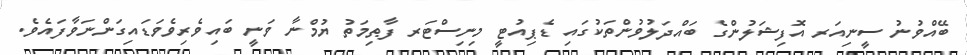
ބޭއްވުނު ސީނިއަރ އޮފިޝަލުންގެ ބައްދަލުވުންތަކުގައި ޑެޕިއުޓީ މިނިސްޓަރ ފާޠިމަތު ޔުމްނާ ވަނީ ބައިވެރިވެވަޑައިގަންނަވާފައެވެ.